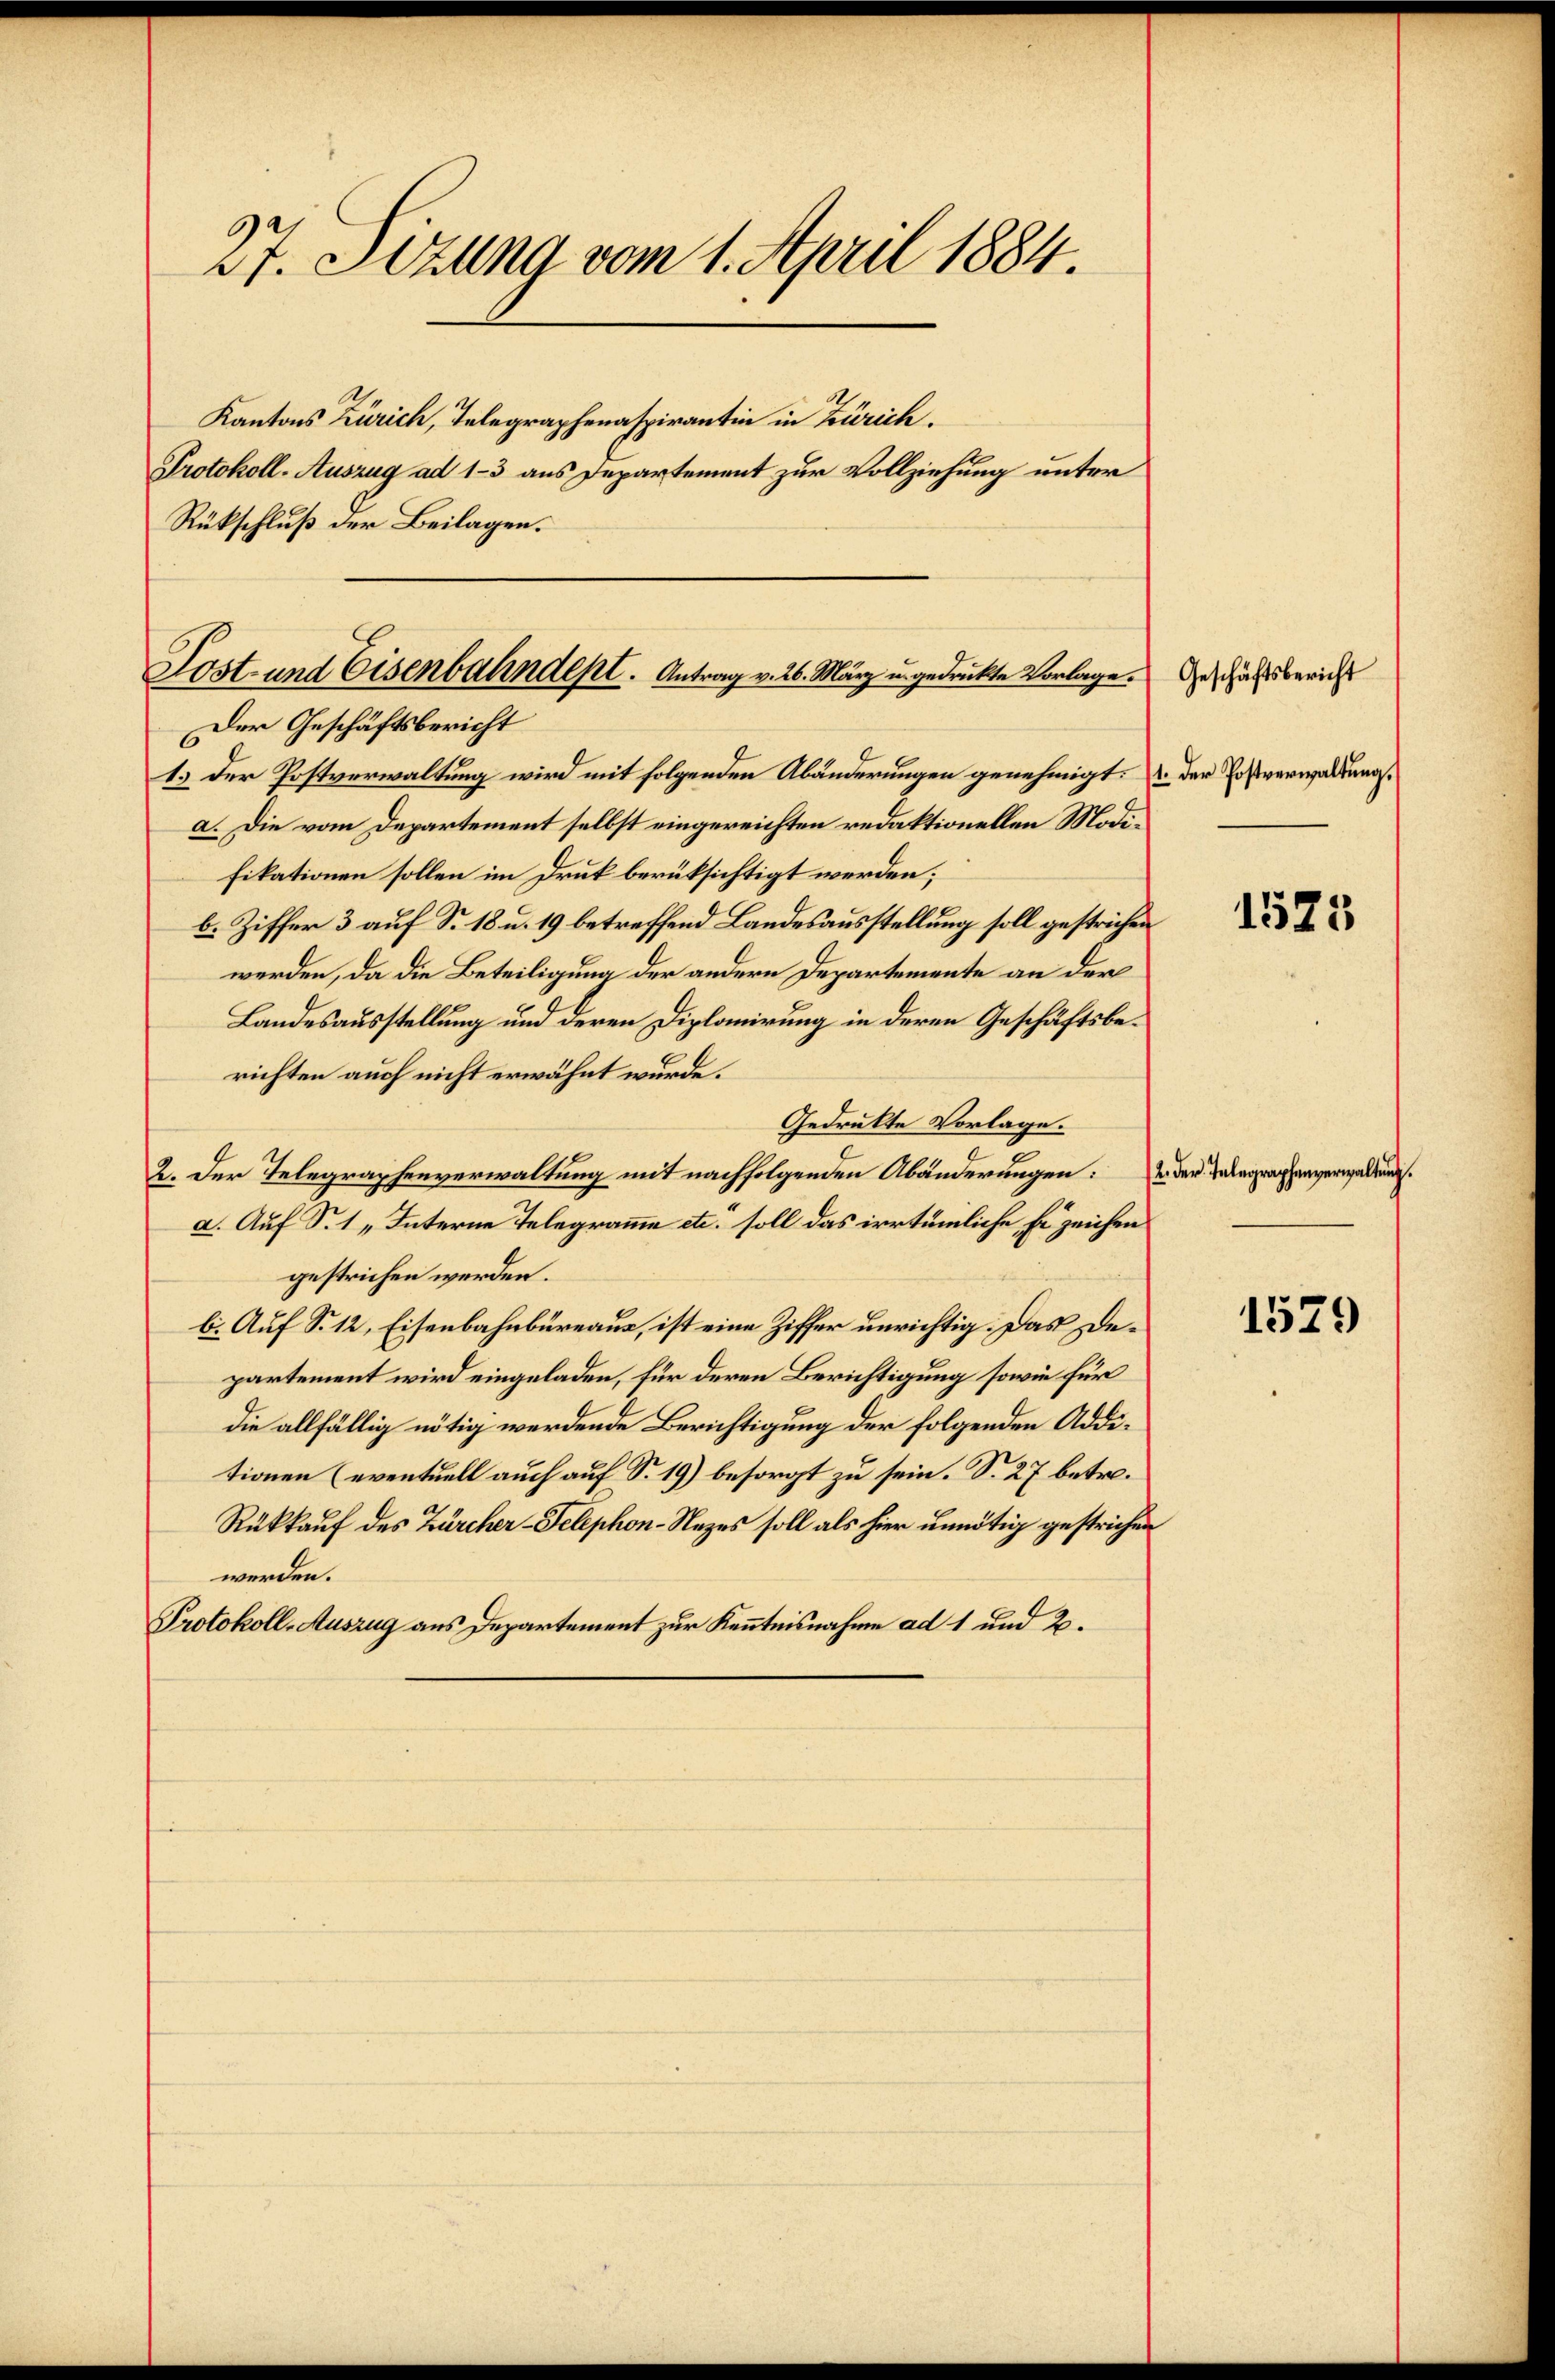
27. Sitzung vom 1. April 1884.

Kantons Zürich, Telegraphenaspirantin in Zürich.
Protokoll-Auszug ad 1-3 aus Departement zur Vollziehung unter
Rükschluß der Beilagen.
Der Geschäftsbericht
1.) Der Postverwaltung wird mit folgenden Abänderungen genehmigt:
a. Die vom Departement selbst eingereichten redaktionellen Modifikationen sollen im Druk berüksichtigt werden;
b. Ziffer 3 auf S. 18 u. 19 betreffend Landesausstellung soll gestrichen
werden, da die Beteiligung der andern Departemente an der
Landesausstellung und deren Diplomirung in deren Geschäftsberichten auch nicht erwähnt wurde.
Gedrukte Vorlage.
2. Der Telegraphenverwaltung mit nachfolgenden Abänderungen:
a. Auf S. 1 „Interne Telegramme etc. soll das irrtümliche Erzeichen
gestrichen werden.
b. Auf S. 12, Eisenbahnbureaus, ist eine Ziffer unrichtig. Das Departement wird eingeladen, für deren Berichtigung sowie für
die allfällig nötig werdende Berichtigung der folgenden Addetionen (eventuell auch auf S. 19) besorgt zu sein. S. 27 betre¬
Rükkauf des Zürcher-Telephon-Nezes soll als hier unnötig gestrichen
werden.
Protokoll-Auszug aus Departement zur Kenntnisnahme ad 1 und 2.

Post- und Eisenbahndept. Antrag v. 26. März u. gedruckte Vorlage.

Geschäftsbericht
1. Der Postverwaltung.

1525

2. Der Telegraphenverwaltung.

1579